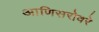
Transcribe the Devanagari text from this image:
आणिसरोवरे